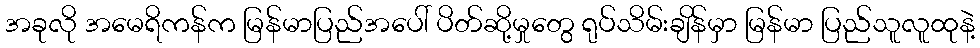
အခုလို အမေရိကန်က မြန်မာပြည်အပေါ် ပိတ်ဆို့မှုတွေ ရုပ်သိမ်းချိန်မှာ မြန်မာ ပြည်သူလူထုနဲ့